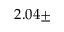
2 . 0 4 \pm